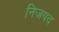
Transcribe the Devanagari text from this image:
निजपद